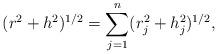
LaTeX: \begin{align*}(r^2+h^2)^{1/2}=\sum \limits_{j=1}^{n}(r^2_j+h^2_j)^{1/2},\end{align*}